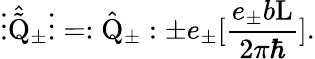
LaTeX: \vdots\hat{\tilde{\mathrm{Q}}}_{\pm}\vdots=:\hat{\mathrm{Q}}_{\pm}:\pm e_{\pm}[\frac{e_{\pm}b\mathrm{L}}{2{\pi}{\hbar}}].